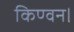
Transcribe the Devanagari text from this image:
किण्वन।